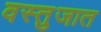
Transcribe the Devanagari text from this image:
वस्तुजात